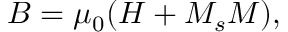
{ \boldsymbol { B } } = \mu _ { 0 } ( { \boldsymbol { H } } + M _ { s } { \boldsymbol { M } } ) ,